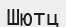
Шютц